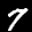
Label: 7